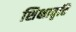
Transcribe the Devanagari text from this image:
शिक्षावृत्ति